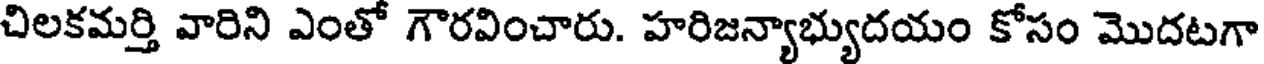
చిలకమర్తి వారిని ఎంతో గౌరవించారు. హరిజన్యాభ్యుదయం కోసం మొదటగా